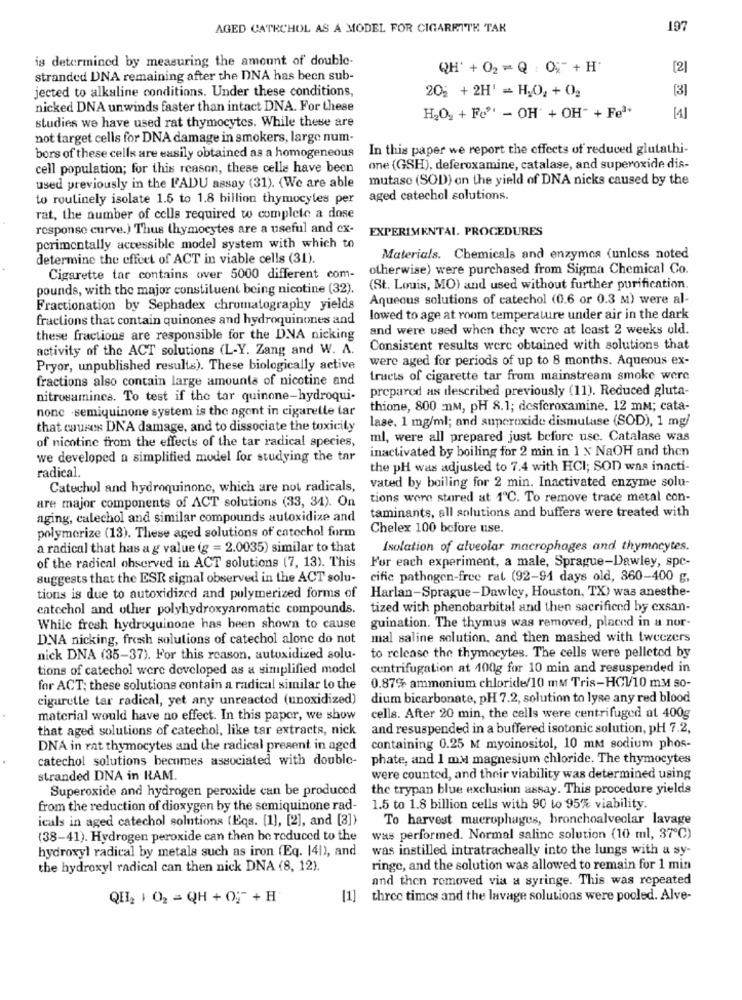
AGED CATECHOL AS A MODEL FOR CIGARRITE TAK
197
is determined by measuring the amount of double-
QH' + 02 = Q : 0;" + H
[2]
stranded DNA remaining after the DNA has been sub-
jected to alkaline conditions. Under these conditions,
[3]
205 + 2H' = H2O2 + 02
nicked DNA unwinds faster than intact DNA. For these
studies we have used rat thymocytes. While these are
H2O2 + Fo"' - OH + OH" + Feª+
[4]
not target cells for DNA damage in smokers, large num-
In this paper we report the effects of reduced glutathi-
bors of these cells are easily obtained as a homogeneous
cell population; for this reason, these celle have been
one (GSH), deferoxamine, catalase, and superoxide dis-
mutase (SOD) on the yield of DNA nicks caused by the
used previously in the L'ADU assay (31). (We are able
to routinely isolate 1.5 to 1.8 billion thymocytes per
aged catechol solutions.
rat, the number of cells required to complete a dose
response enrve.) Thus thymocytes are a useful and ex-
EXPERIMENTAL. PROCEDURES
porimentally accessible model system with which to
determine the effect of ACT in viable cells (31).
Materials. Chemicals and enzymes (unless noted
otherwise) were purchased from Sigma Chemical Co.
Cigarette tar contains over 5000 different com-
pounds, with the major constituent being nicotine (32).
(St. Louis, MO) and used without further purification.
Aqueous solutions of catechol (0.6 or 0.3 M) were al-
Fractionation by Sephadex chromatography yields
fractions that contain quinones and hydroquinones and
lowed to age at room temperature under air in the dark
and were used when they were at least 2 weeks old.
these fractions are responsible for the DNA nicking
activity of the ACT solutions (L-Y. Zang and W. A.
Consistent results were obtained with solutions that
were aged for periods of up to 8 months. Aqueous ex-
Pryor, unpublished results). These biologically active
fractions also contain large amounts of nicotine and
tracts of cigarette tar from mainstream smoke were
prepared as described previously (11). Reduced gluta-
nitrosamines. To test if the tar quinone-hydroqui-
none -semiquinone system is the agent in cigaretle tar
thione, 800 nm, pH 8.1; desferoxamine, 12 mm; cata-
lase. 1 mg/ml; and superoxide dismutase (SOD), 1 mg/
that causes DNA damage, and to dissociate the toxicity
of nicotine from the effects of the tar radical species,
ml, were all prepared just before use. Catalase was
inactivated by boiling for 2 min in 1 N NaOH and then
we developed a simplified model for studying the tar
radical.
the pH was adjusted to 7.4 with HCI; SOD was inacti-
vated by boiling for 2 min. Inactivated enzyme solu-
Catechol and hydroquinone, which are not radicals,
are major components of ACT solutions (33, 31). On
tions wore stared at 1ºC. To remove trace metal con-
taminants, all solutions and buffers were treated with
aging, calechol and similar compounds autoxidize and
polymerize (13). These aged solutions of catechol form
Chelex 100 before use.
a radical that has a g value (g = 2.0035) similar to that
Isolation of alveolar macrophages and thymocytes.
of the radical observed in ACT solutions (7, 13). This
For each experiment, a male, Sprague-Dawley, spe-
suggests that the ESR signal observed in the ACT solu-
cific pathogen-free rat (92-91 days old, 860-400 g,
Harlan-Sprague-Dawley, Houston, TX) was anesthe-
tions is due to autoxidized and polymerized forms of
catechol and other polyhydroxyaromatic compounds.
tized with phenobarbital and then sacrificed by exsan-
While fresh hydroquinone has been shown to cause
guination. The thymus was removed, placed in a nor-
DNA nicking, fresh solutions of catechol alone do not
mal saline solution, and then mashed with tweezers
to release the thymocytes. The cells were pelleted by
nick DNA (35-37). For this reason, autoxidized solu-
tions of catechol were developed as a simplified model
centrifugation at 100g for 10 min and resuspended in
0.87% ammonium chloride/10 mm Tris-HC110 mM so-
for ACT; these solutions contain a radical similar to the
cigarette tar radical, yet any unreacted (unoxidized)
dium bicarbonate, pH 7.2, solution to lyse any red blood
material would have no effect. In this paper, we show
cells. After 20 min, the cells were centrifuged at 400g
that aged solutions of catechol, like tar extracts, nick
and resuspended in a buffered isotonic solution, pH 7.2,
DNA in rat thymocytes and the radical present in aged
containing 0.25 M myoinositol, 10 mM sodium phos-
catechol solutions becomes associated with double-
phate, and 1 m.M magnesium chloride. The thymocytes
stranded DNA in RAM.
were counted, and their viability was determined using
Superoxide and hydrogen peroxide can be produced
the trypan blue exclusion assay. This procedure yields
from the reduction of dioxygen by the semiquinone rad- 1.5 to 1.8 billion cells with 90 to 95% viability.
icals in aged catechol solutions (Eqs. [1], [2], and [3])
To harvest macrophages, bronchoalveolar lavage
(38-41). Hydrogen peroxide can then be reduced to the
was performed. Normal saline solution (10 ml, 37℃)
hydroxyl radical by metals such as iron (Eq. 141), and
was instilled intratracheally into the lungs with a sy-
the hydroxyl radical can then nick DNA (8, 12).
ringe, and the solution was allowed to remain for 1 min
and then removed via a syringe. This was repeated
QE2 1 02 = QH + 0; + H
[1]
three times and the lavage solutions were pooled. Alve-